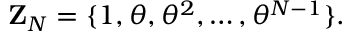
{ \mathbf Z } _ { N } = \{ 1 , \theta , { \theta } ^ { 2 } , \dots , { \theta } ^ { N - 1 } \} .